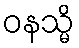
ဝနသ္မိ